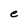
Character: e